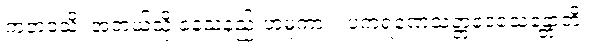
ကတံဝသိ၊ အဘယ်သို့ နေသနည်းဟူမူကား။ ပကရဏေသတ္တဒေသေန္တောတိ၊